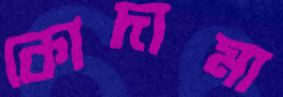
কোদামা